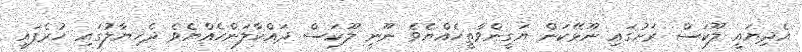
އެދިޔައީ ލޫކަސް ރަށުގައި ނޫޅޭކަން ޔަގީންވާތީހެއްޔެވެ ނޫނީ ލޫކަސް ދައްކާލަންހެއްޔެވެ ދެޚިޔާލުގައި ހުރެފައި